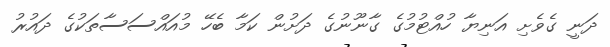
ދަނީ ގެވެށި އަނިޔާ ހުއްޓުމުގެ ގާނޫނުގެ ދަށުން ކަމާ ބެހޭ މުއައްސަސާތަކުގެ ދައުރު